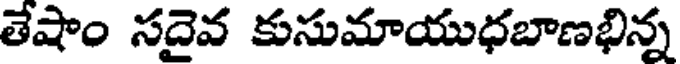
తేషాం సదైవ కుసుమాయుధబాణభిన్న